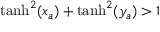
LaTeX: \operatorname { t a n h } ^ { 2 } ( x _ { a } ) + \operatorname { t a n h } ^ { 2 } ( y _ { a } ) > 1